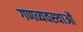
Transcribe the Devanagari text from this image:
गणव्यवस्थाओं